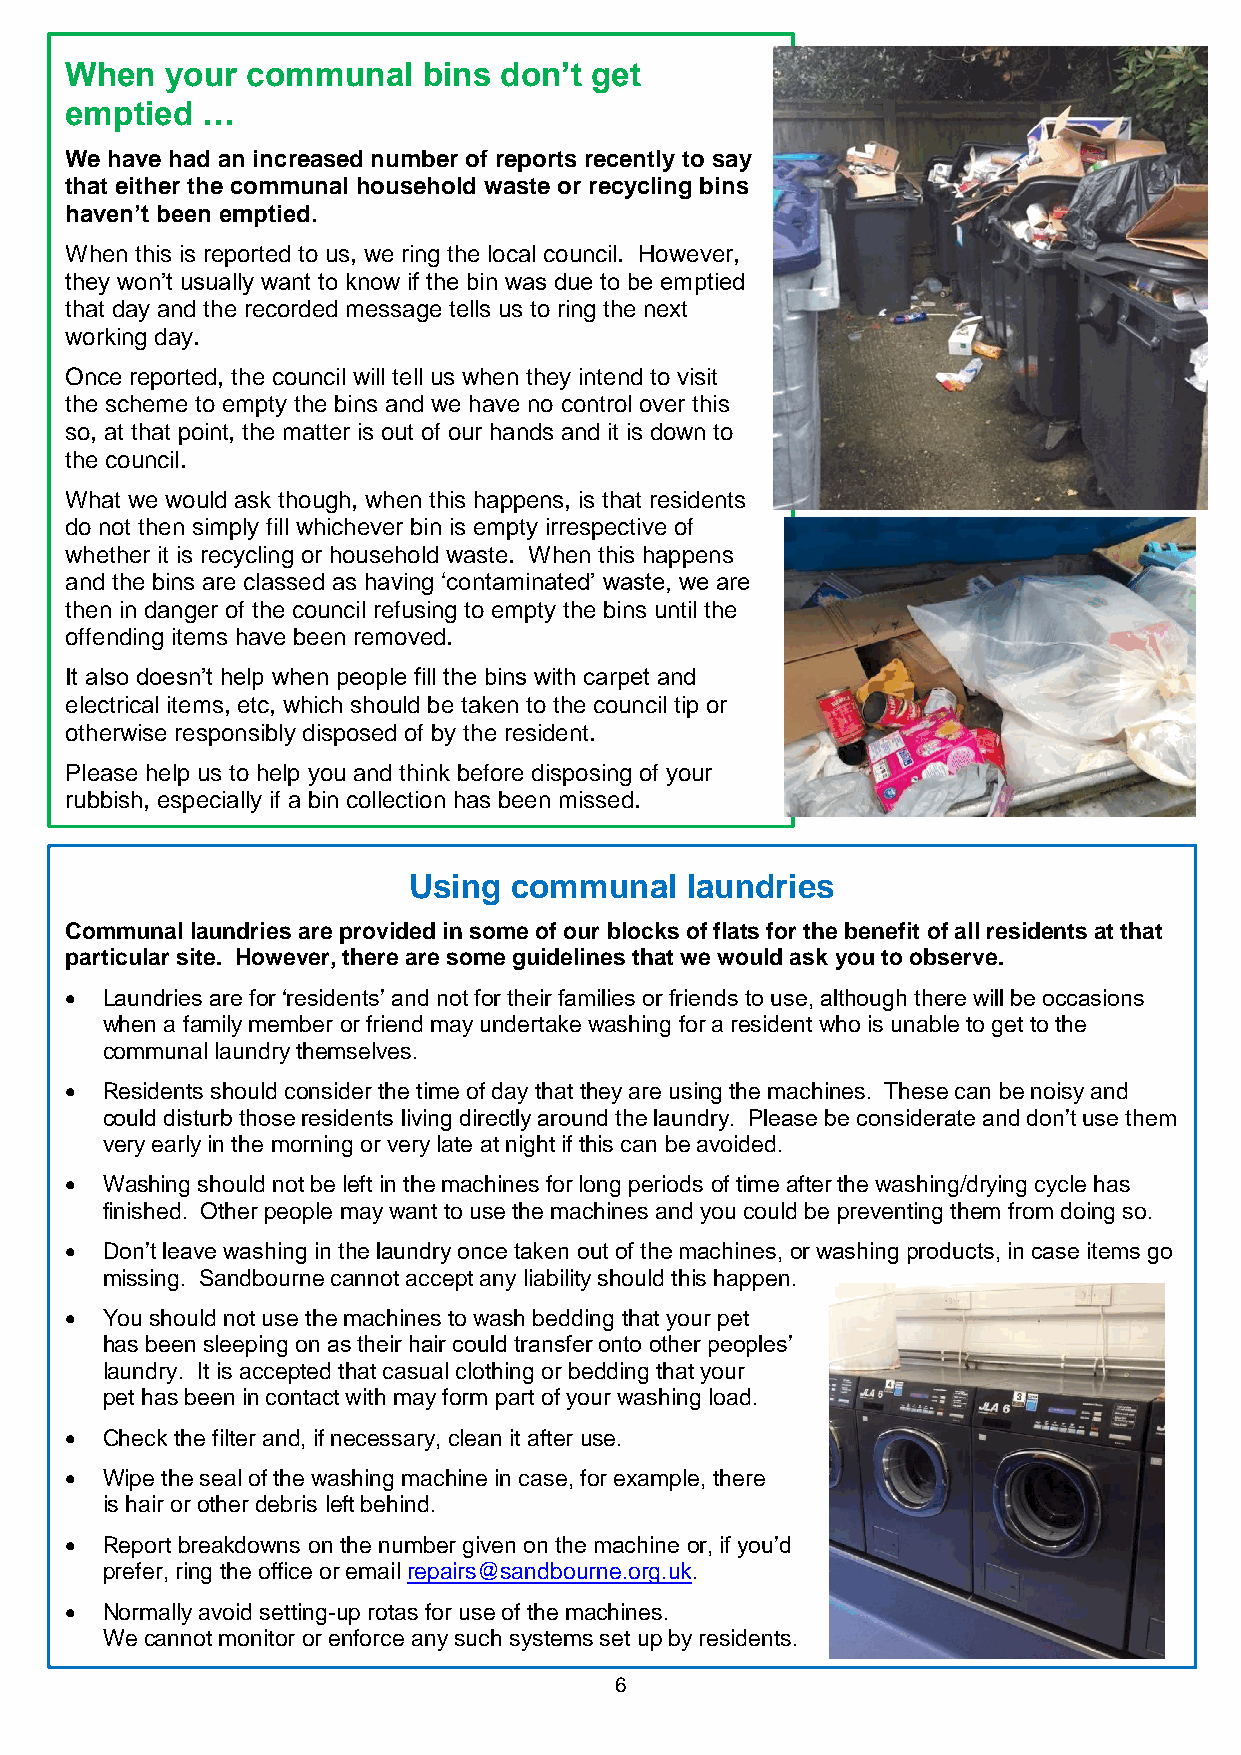
When   your communal    bins don’t get
 emptied  …
 We have had an increased number of reports recently to say
 that either the communal household waste or recycling bins
 haven’t been emptied.
 When this is reported to us, we ring the local council. However,
 they won’t usually want to know if the bin was due to be emptied
 that day and the recorded message tells us to ring the next
 working day.
 Once reported, the council will tell us when they intend to visit
 the scheme to empty the bins and we have no control over this
 so, at that point, the matter is out of our hands and it is down to
 the council.
 What we would ask though, when this happens, is that residents
 do not then simply fill whichever bin is empty irrespective of
 whether it is recycling or household waste. When this happens
 and the bins are classed as having ‘contaminated’ waste, we are
 then in danger of the council refusing to empty the bins until the
 offending items have been removed.
 It also doesn’t help when people fill the bins with carpet and
 electrical items, etc, which should be taken to the council tip or
 otherwise responsibly disposed of by the resident.
 Please help us to help you and think before disposing of your
 rubbish, especially if a bin collection has been missed.
 Using  communal   laundries
 Communal laundries are provided in some of our blocks of flats for the benefit of all residents at that
 particular site. However, there are some guidelines that we would ask you to observe.
   Laundries are for ‘residents’ and not for their families or friends to use, although there will be occasions
 when a family member or friend may undertake washing for a resident who is unable to get to the
 communal laundry themselves.
   Residents should consider the time of day that they are using the machines. These can be noisy and
 could disturb those residents living directly around the laundry. Please be considerate and don’t use them
 very early in the morning or very late at night if this can be avoided.
   Washing should not be left in the machines for long periods of time after the washing/drying cycle has
 finished. Other people may want to use the machines and you could be preventing them from doing so.
   Don’t leave washing in the laundry once taken out of the machines, or washing products, in case items go
 missing. Sandbourne cannot accept any liability should this happen.
   You should not use the machines to wash bedding that your pet
 has been sleeping on as their hair could transfer onto other peoples’
 laundry. It is accepted that casual clothing or bedding that your
 pet has been in contact with may form part of your washing load.
   Check the filter and, if necessary, clean it after use.
   Wipe the seal of the washing machine in case, for example, there
 is hair or other debris left behind.
   Report breakdowns on the number given on the machine or, if you’d
 prefer, ring the office or email repairs@sandbourne.org.uk.
   Normally avoid setting-up rotas for use of the machines.
 We cannot monitor or enforce any such systems set up by residents.
 6